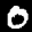
Label: 0